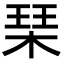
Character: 琹